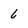
Character: 6